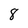
Character: 8